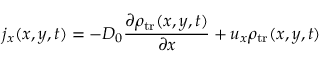
j _ { x } ( x , y , t ) = - D _ { 0 } \frac { \partial \rho _ { \mathrm { t r } } ( x , y , t ) } { \partial x } + u _ { x } \rho _ { \mathrm { t r } } ( x , y , t )